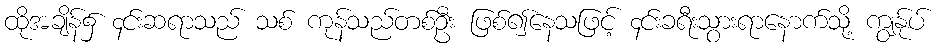
ထိုအချိန်၌ ၄င်းဆရာသည် သစ် ကုန်သည်တစ်ဦး ဖြစ်၍နေသဖြင့် ၄င်းခရီးသွားရာနောက်သို့ ကျွန်ုပ်